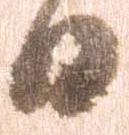
日